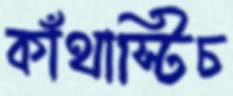
কাঁথাস্টিচ